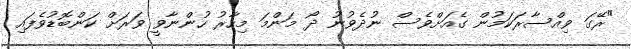
"ރޭގަ ވިއްސާރަކަމުން ގެއަށްވެސް ނުދެވުނު ދޯ މަންމަ މިހާރު ހުންނާވީ ވަރަށް ކަންބޮޑުވެފައި